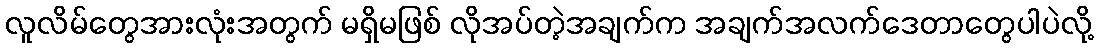
လူလိမ်တွေအားလုံးအတွက် မရှိမဖြစ် လိုအပ်တဲ့အချက်က အချက်အလက်ဒေတာတွေပါပဲလို့